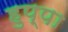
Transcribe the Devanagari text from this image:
हुप्पा